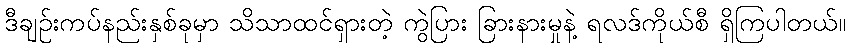
ဒီချဉ်းကပ်နည်းနှစ်ခုမှာ သိသာထင်ရှားတဲ့ ကွဲပြား ခြားနားမှုနဲ့ ရလဒ်ကိုယ်စီ ရှိကြပါတယ်။